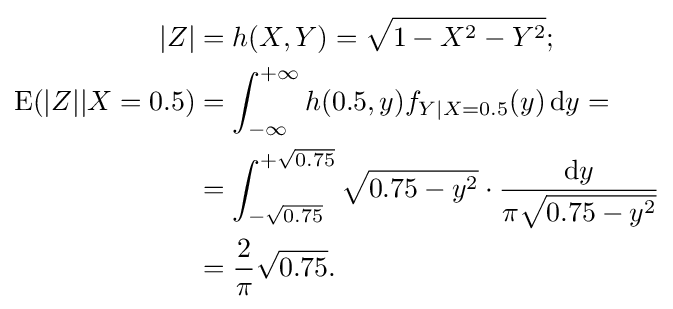
{\begin{aligned}|Z|&=h(X,Y)={\sqrt {1-X^{2}-Y^{2}}};\\\mathrm {E} (|Z||X=0.5)&=\int _{-\infty }^{+\infty }h(0.5,y)f_{Y|X=0.5}(y)\,\mathrm {d} y=\\&=\int _{-{\sqrt {0.75}}}^{+{\sqrt {0.75}}}{\sqrt {0.75-y^{2}}}\cdot {\frac {\mathrm {d} y}{\pi {\sqrt {0.75-y^{2}}}}}\\&={\frac {2}{\pi }}{\sqrt {0.75}}.\end{aligned}}